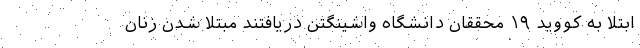
ابتلا به کووید ۱۹ محققان دانشگاه واشینگتن دریافتند مبتلا شدن زنان